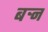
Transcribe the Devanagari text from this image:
बऱ्न